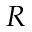
R